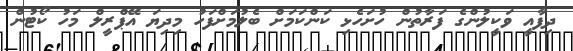
ދިފާއީ ވަކީލުންގެ ފަރާތުން ހުށަހެޅި ކަންކަމަށް ބެލުމަށްފަހު މިދިޔަ އޭޕްރީލް މަހު ކޯޓުން